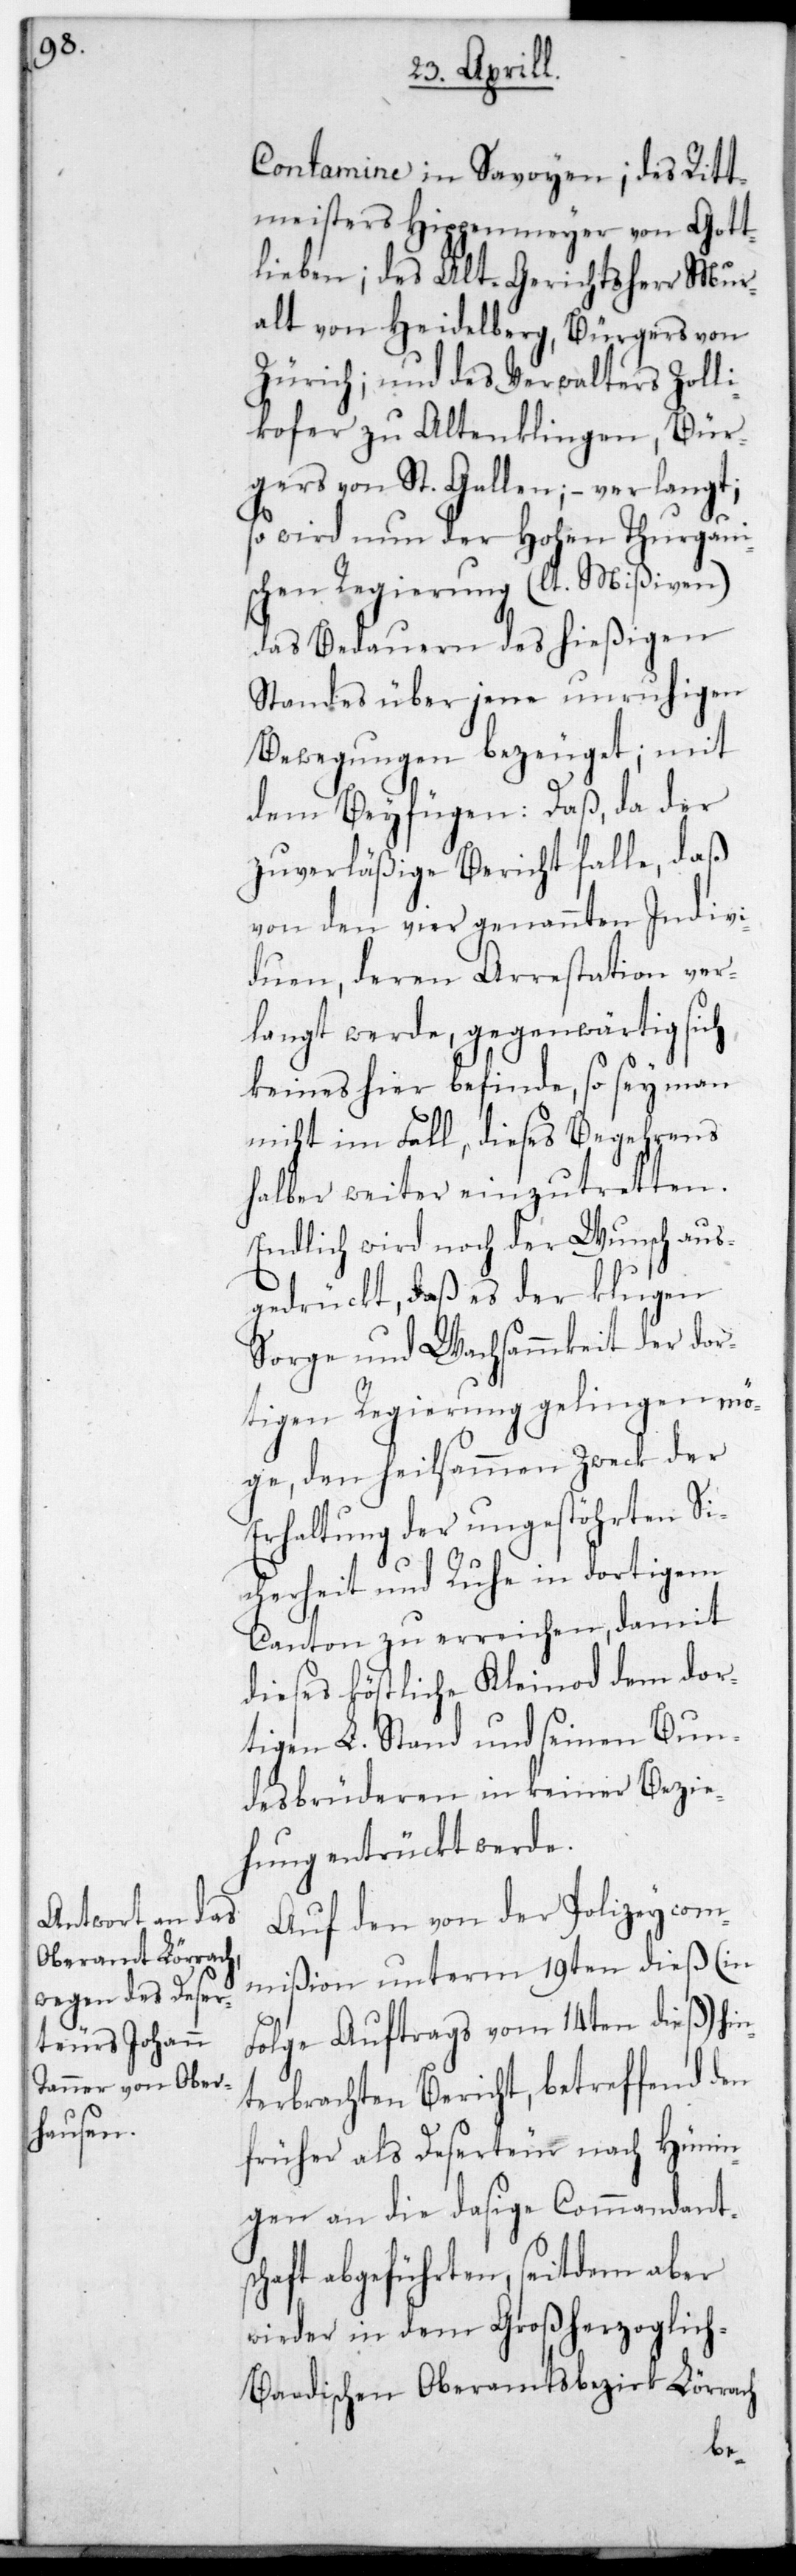
Contamine in Savoyen; des Ritt¬
meisters Hippenmeyer von Gott¬
lieben; des Alt-Gerichtsherr Mur¬
alt von Heidelberg, Bürgers von
Zürich; und des Verwalters Zolli¬
kofer zu Altenklingen, Bür¬
ger von St. Gallen; – verlangt;
so wird nun der Hohen thurgaui¬
schen Regierung (lt. Mißiven)
das Bedauern des hießigen
Standes über jene unruhigen
Bewegungen bezeugt; mit
dem Beyfügen: Daß, da der
zuverläßige Bericht falle, daß
von den vier genannten Indivi¬
duen, deren Arrestation ver¬
langt werde, gegenwärtig sich
keines hier befinde, so sey man
nicht im Fall, dieses Begehrens
halber weiter einzutretten.
Endlich wird noch der Wunsch aus¬
gedrückt, daß es der klugen
Sorge und Wachsammkeit der dor¬
tigen Regierung gelingen mö¬
ge, den heilsammen Zweck der
Erhaltung der ungestörten Si¬
cherheit und Ruhe in dortigem
Canton zu erreichen, damit
dieses köstliche Kleinod dem dor¬
tigen L. Stand und seinen Bun¬
desbrüderen in keiner Bezie¬
hung entrückt werde.
Auf den von der Polizeycom¬
mißion unterm 19ten dieß (in
Folge Auftrags vom 14ten dieß) hin¬
terbrachten Bericht, betreffend den
früher als Deserteur nach Hünin¬
gen an die dasige Commandants¬
chaft abgeführten, seitdem aber
wieder in dem Großherzoglic¬
h-Baadischen Oberamtsbezirk Lörrach